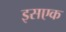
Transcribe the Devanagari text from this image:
इसएक